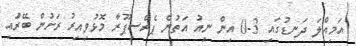
އަމިއްލަ ދަނޑުގައި 3-0 އިން ނިއު އަތުން ޕެރްސިޕޫރާ މޮޅުވިއިރު ރަށުން ބޭރުައި